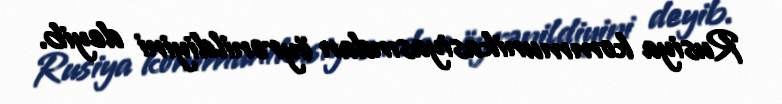
Rusiya kommunikasiyasından öyrənildiyini deyib.